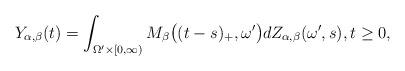
LaTeX: \begin{align*} Y_{\alpha,\beta}(t) = \int_{\Omega^{\prime} \times [0,\infty)}M_{\beta}\bigl((t-s)_+,\omega^{\prime}\bigr) dZ_{\alpha,\beta}(\omega^{\prime},s), t \geq 0, \end{align*}